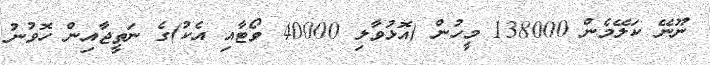
ނޫނޭ ކަލޭމެން 138000 މީހުން (އޮޅުވާލި 40000 ވޯޓާއި އެކު)ގެ ނަތީޖާއިން ހޮވުނު